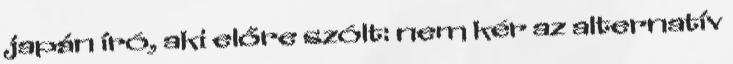
japán író, aki előre szólt: nem kér az alternatív